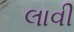
લાવી